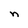
Character: n